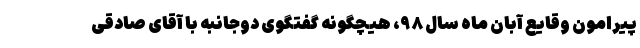
پیرامون وقایع آبان ماه سال ۹۸، هیچگونه گفتگوی دوجانبه با آقای صادقی